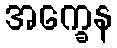
အက္ခေန